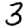
Digit: 3